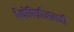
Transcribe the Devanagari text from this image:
पैथोफिज़ीआलजी